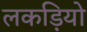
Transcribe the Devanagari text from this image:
लकड़ियो